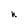
Character: h